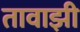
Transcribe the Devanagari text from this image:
तावाझी